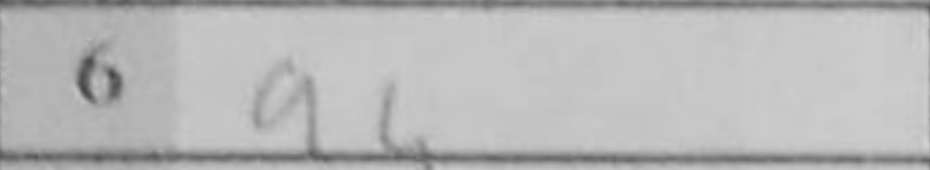
Transcription: a4